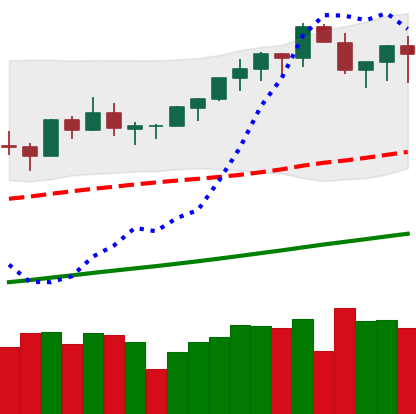
Ticker: BTC-USD
Chart end date: 2021-03-18
Forward return: -5.392%
Label: down_5_7